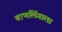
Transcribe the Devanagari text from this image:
बाणलिंगाला